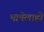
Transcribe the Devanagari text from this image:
भाषेलाही